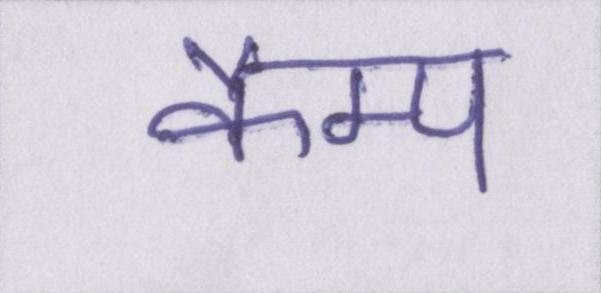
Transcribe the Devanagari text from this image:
कैम्प